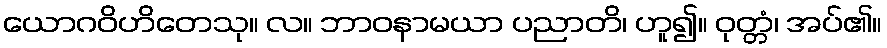
ယောဂဝိဟိတေသု။ လ။ ဘာဝနာမယာ ပညာတိ၊ ဟူ၍။ ဝုတ္တံ၊ အပ်၏။